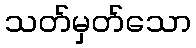
သတ်မှတ်သော